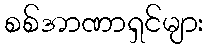
စစ်အာဏာရှင်များ